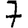
Digit: 7